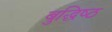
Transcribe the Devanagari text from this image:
बुद्धिष्‍ठ